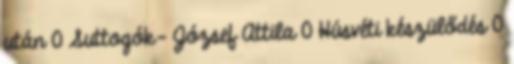
után 0 Suttogók- József Attila 0 Húsvéti készülődés 0